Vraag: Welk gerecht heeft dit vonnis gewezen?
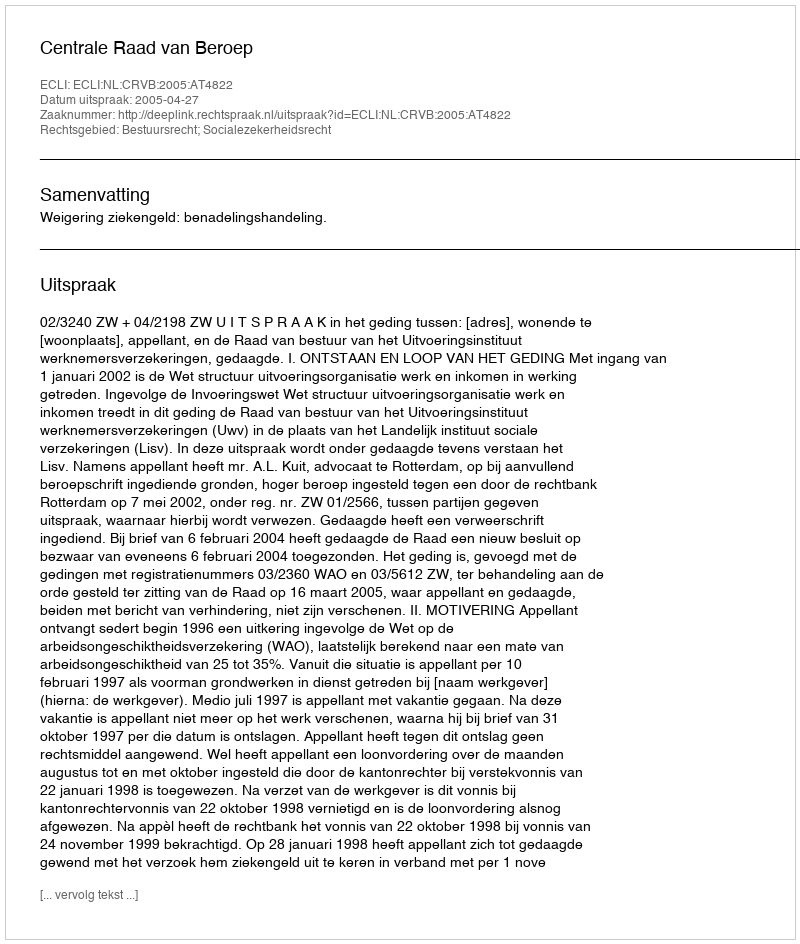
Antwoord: Centrale Raad van Beroep